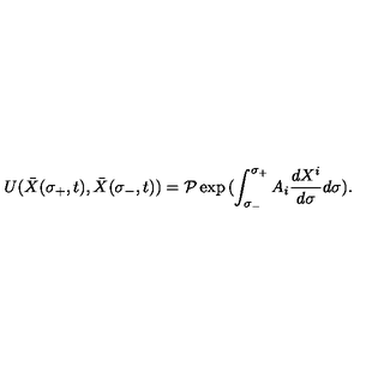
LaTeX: U ( { \bar { X } } ( \sigma _ { + } , t ) , { \bar { X } } ( \sigma _ { - } , t ) ) = { \cal P } \exp { ( \int _ { \sigma _ { - } } ^ { \sigma _ { + } } A _ { i } { \frac { d X ^ { i } } { d \sigma } } d \sigma ) } .